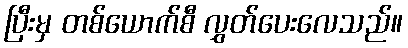
ပြီးမှ တစ်ယောက်စီ လွှတ်ပေးလေသည်။